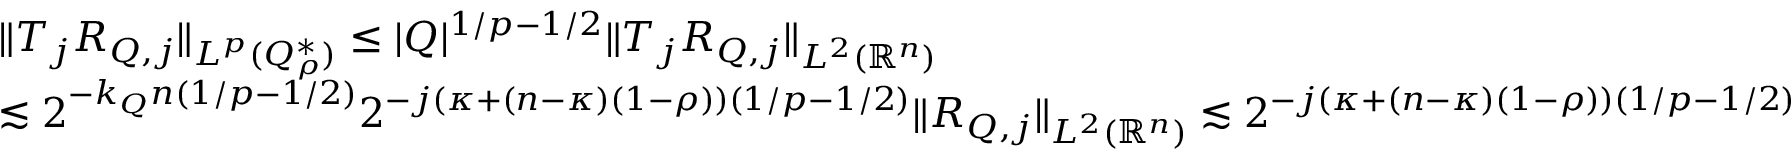
\begin{array} { r l } & { \| T _ { j } R _ { Q , j } \| _ { L ^ { p } ( Q _ { \rho } ^ { * } ) } \leq | Q | ^ { 1 / p - 1 / 2 } \| T _ { j } R _ { Q , j } \| _ { L ^ { 2 } ( \mathbb { R } ^ { n } ) } } \\ & { \lesssim 2 ^ { - k _ { Q } n ( 1 / p - 1 / 2 ) } 2 ^ { - j ( \kappa + ( n - \kappa ) ( 1 - \rho ) ) ( 1 / p - 1 / 2 ) } \| R _ { Q , j } \| _ { L ^ { 2 } ( \mathbb { R } ^ { n } ) } \lesssim 2 ^ { - j ( \kappa + ( n - \kappa ) ( 1 - \rho ) ) ( 1 / p - 1 / 2 ) } } \end{array}